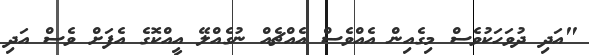
"އަދި ދުވަހަކުވެސް މިގެއިން އެއްވެސް އެއްޗެއް ނުގެއްލޭ އީއްކޮގެ އެފަށް ވެސް އަދި